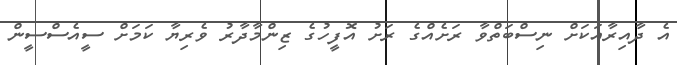
އެ ދާއިރާއަކަށް ނިސްބަތްވާ ރަށެއްގެ ރަށު އޮފީހުގެ ޒިންމާދާރު ވެރިޔާ ކަމަށް ސީއެސްސީން